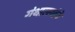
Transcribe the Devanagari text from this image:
गंथालयांचे